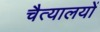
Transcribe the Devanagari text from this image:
चैत्यालयों